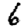
Digit: 6